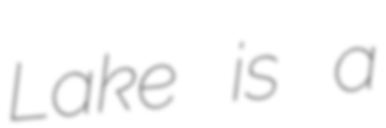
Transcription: Lake is a